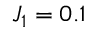
J _ { 1 } = 0 . 1